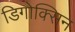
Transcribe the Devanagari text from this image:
डिगोक्सिन